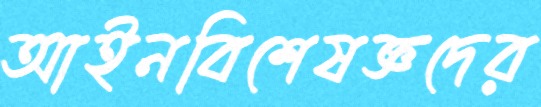
আইনবিশেষজ্ঞদের